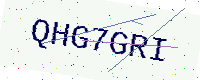
Text: QHG7GRI